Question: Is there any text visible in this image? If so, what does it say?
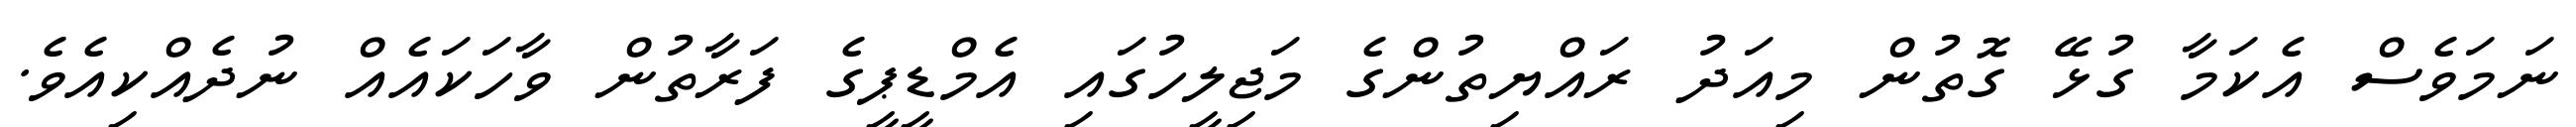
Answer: ނަމަވެސް އެކަމާ ގުޅޭ ގޮތުން މިއަދު ރައްޔިތުންގެ މަޖިލީހުގައި އެމްޑީޕީގެ ފަރާތުން ވާހަކައެއް ނުދެއްކިއެވެ.